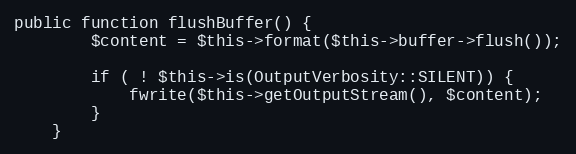
Language: PHP
public function flushBuffer() {
        $content = $this->format($this->buffer->flush());

        if ( ! $this->is(OutputVerbosity::SILENT)) {
            fwrite($this->getOutputStream(), $content);
        }
    }